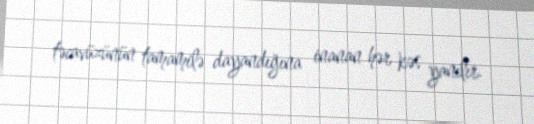
təcavüzünün tamamilə dayandığına inanan hər kəs yanılır.